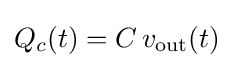
Q_{c}(t)=C\,v_{\text{out}}(t)